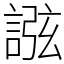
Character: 誸